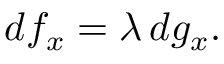
d f _ { x } = \lambda \, d g _ { x } .